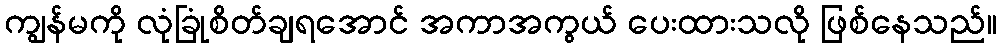
ကျွန်မကို လုံခြုံစိတ်ချရအောင် အကာအကွယ် ပေးထားသလို ဖြစ်နေသည်။